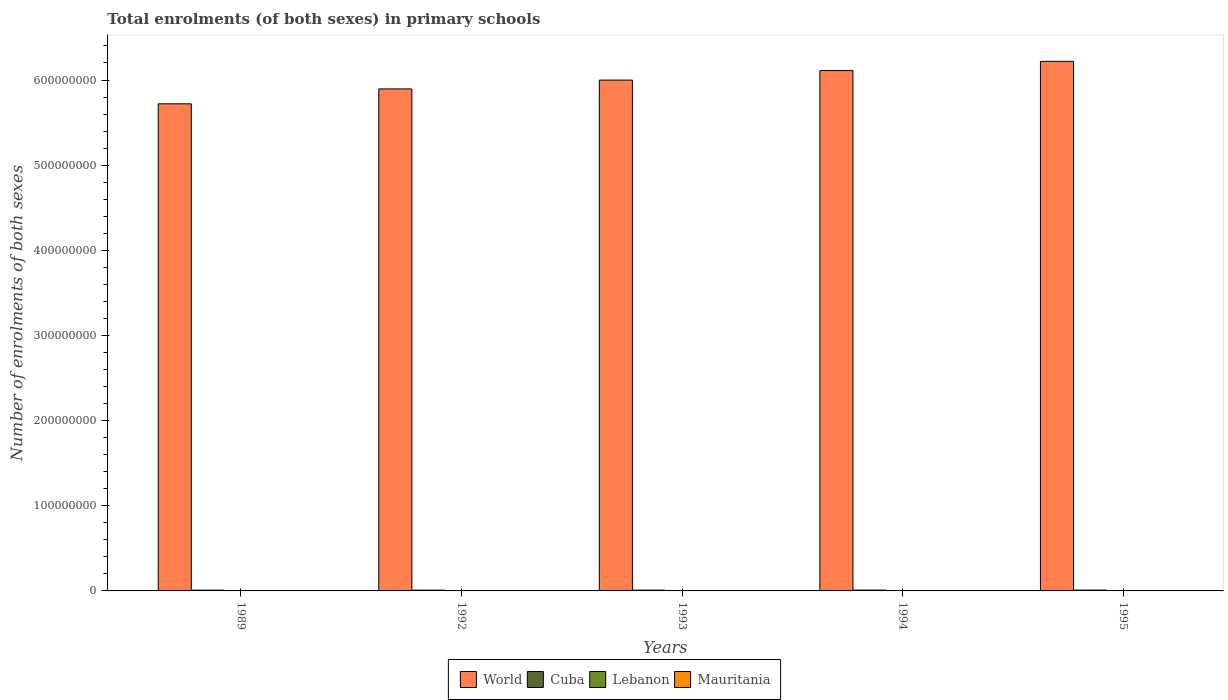
| Years | World | Cuba | Lebanon | Mauritania |
 | --- | --- | --- | --- | --- |
 | 1989 | 5.72e+08 | 9e+05 | 3.47e+05 | 1.59e+05 |
 | 1992 | 5.9e+08 | 9.18e+05 | 3.46e+05 | 1.89e+05 |
 | 1993 | 6e+08 | 9.42e+05 | 3.47e+05 | 2.19e+05 |
 | 1994 | 6.11e+08 | 9.83e+05 | 3.61e+05 | 2.48e+05 |
 | 1995 | 6.22e+08 | 1.01e+06 | 3.65e+05 | 2.69e+05 |